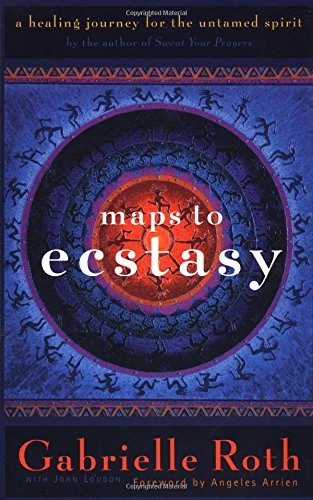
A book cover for Maps to Ecstasy: The Healing Power of Movement; Gabrielle Roth; Health, Fitness & Dieting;